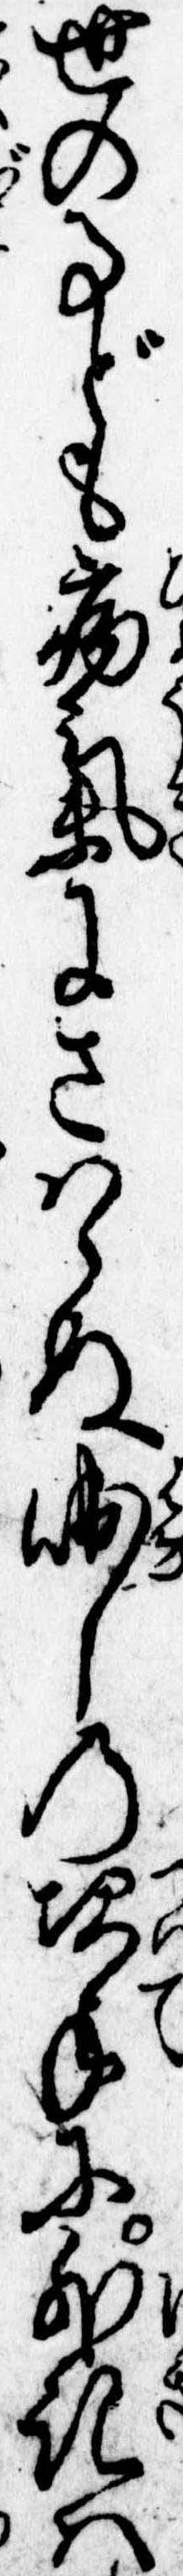
世の事ども病気にさはらぬ咄しの次手に外記は